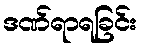
ဒဏ်ရာရခြင်း